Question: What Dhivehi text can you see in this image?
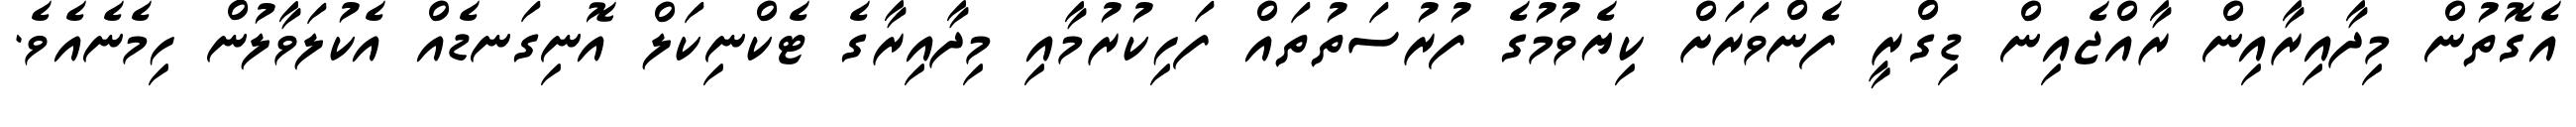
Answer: އެގޮތުން މިދާއިރާއިން ރާއްޖެއިން ޑިގްރީ ފެންވަރަށް ކިޔެވުމުގެ ފުރުސަތުތައް ފަހިކުރުމާއި މިދާއިރާގެ ޓެކްނިކަލް އޮނިގަނޑެއް އެކުލަވާލުން ހިމެނެއެވެ.